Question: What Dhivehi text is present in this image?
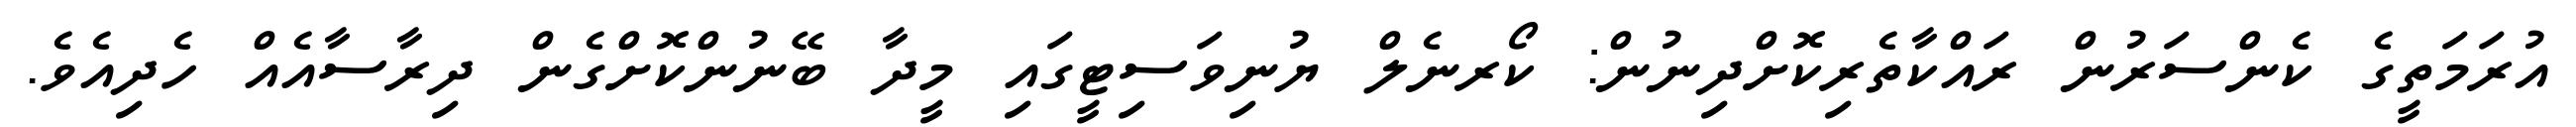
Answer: އުރަމަތީގެ ކެންސަރުން ރައްކާތެރިކޮށްދިނުން: ކޯރނެލް ޔުނިވަސިޓީގައި މީދާ ބޭނުންކޮށްގެން ދިރާސާއެއް ހެދިއެވެ.